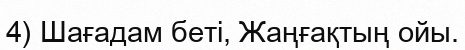
4) Шағадам беті, Жаңғақтың ойы.